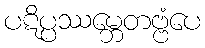
ပဋိပ္ပဿမ္ဘေတဗ္ဗံပေ